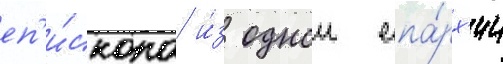
еп'и́скопа и́з однои епа́рх'ии